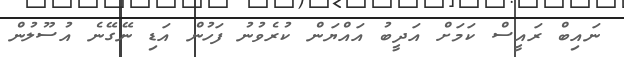
ނައިބް ރައީސް ކަމަށް އަދީބު އައްޔަން ކުރެވުނު ފަހުން އަޑި ނޭގޭނެ އުސޫލުން